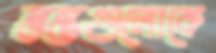
স্তম্ভগুলোকে